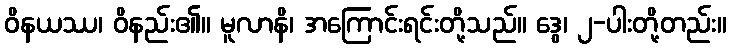
ဝိနယဿ၊ ဝိနည်း၏။ မူလာနိ၊ အကြောင်းရင်းတို့သည်။ ဒွေ၊ ၂-ပါးတို့တည်း။